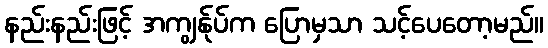
နည်းနည်းဖြင့် အကျွန်ုပ်က ပြောမှသာ သင့်ပေတော့မည်။